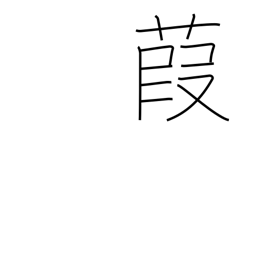
Meaning: reed